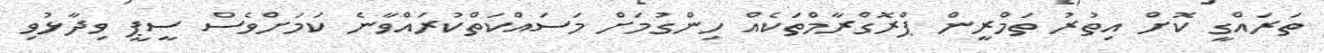
ތަރައްގީ ކޮށް އިތުރު ތަމްރީން ޕްރޮގްރާމްތަކެއް ހިންގުމަށް މަސައްކަތްކުރައްވާނެ ކަމަށްވެސް ސީޕީ ވިދާޅުވި